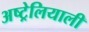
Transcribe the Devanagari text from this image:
अष्ट्रेलियाली